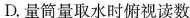
D.量筒量取水时俯视读数